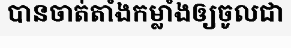
បានចាត់តាំងកម្លាំងឲ្យចូលជា